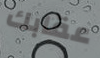
عقابك